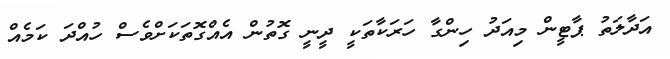
އަދާލަތު ޕާޓީން މިއަދު ހިންގާ ހަރަކާތަކީ ދީނީ ގޮތުން އެއްގޮތަކަށްވެސް ހުއްދަ ކަމެއް